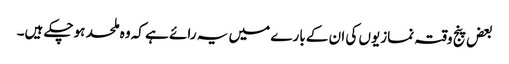
بعض پنج وقتہ نمازیوں کی ان کے بارے میں یہ رائے ہے کہ وہ ملحد ہوچکے ہیں۔